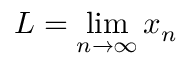
L = \operatorname* { l i m } _ { n \to \infty } x _ { n }